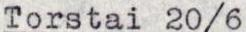
Torstai 20/6